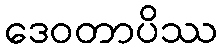
ဒေဝတာပိဿ